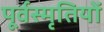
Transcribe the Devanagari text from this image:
पूर्वस्मृतियों